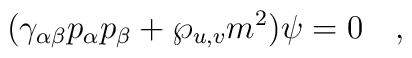
(\gamma_{\alpha\beta} p_\alpha p_\beta +\wp_{u,v} m^2 )\psi =0\quad,